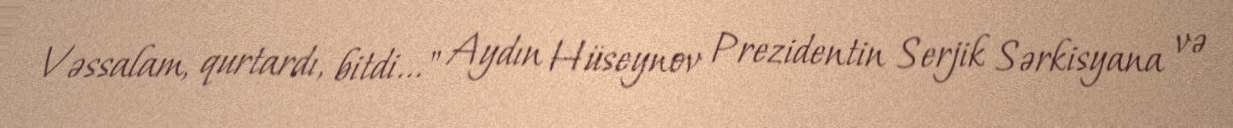
Vəssalam, qurtardı, bitdi..." Aydın Hüseynov Prezidentin Serjik Sərkisyana və